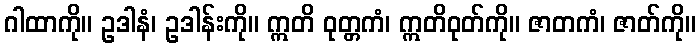
ဂါထာကို။ ဥဒါနံ၊ ဥဒါန်းကို။ ဣတိ ဝုတ္တကံ၊ ဣတိဝုတ်ကို။ ဇာတကံ၊ ဇာတ်ကို။